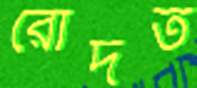
রোদত